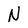
Character: N